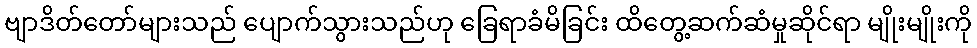
ဗျာဒိတ်တော်များသည် ပျောက်သွားသည်ဟု ခြေရာခံမိခြင်း ထိတွေ့ဆက်ဆံမှုဆိုင်ရာ မျိုးမျိုးကို